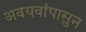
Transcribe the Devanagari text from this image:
अवयवांपासुन